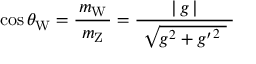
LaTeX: \cos \theta _ { \mathrm { W } } = { \frac { m _ { \mathrm { W } } } { \ m _ { \mathrm { Z } } \ } } = { \frac { \left| \, g \, \right| } { \ { \sqrt { g ^ { 2 } + { g ^ { \prime } } ^ { 2 } \ } } \ } }